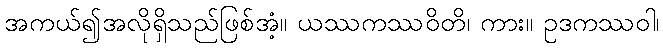
အကယ်၍အလိုရှိသည်ဖြစ်အံ့။ ယဿကဿဝိတိ၊ ကား။ ဥဒကဿဝါ၊